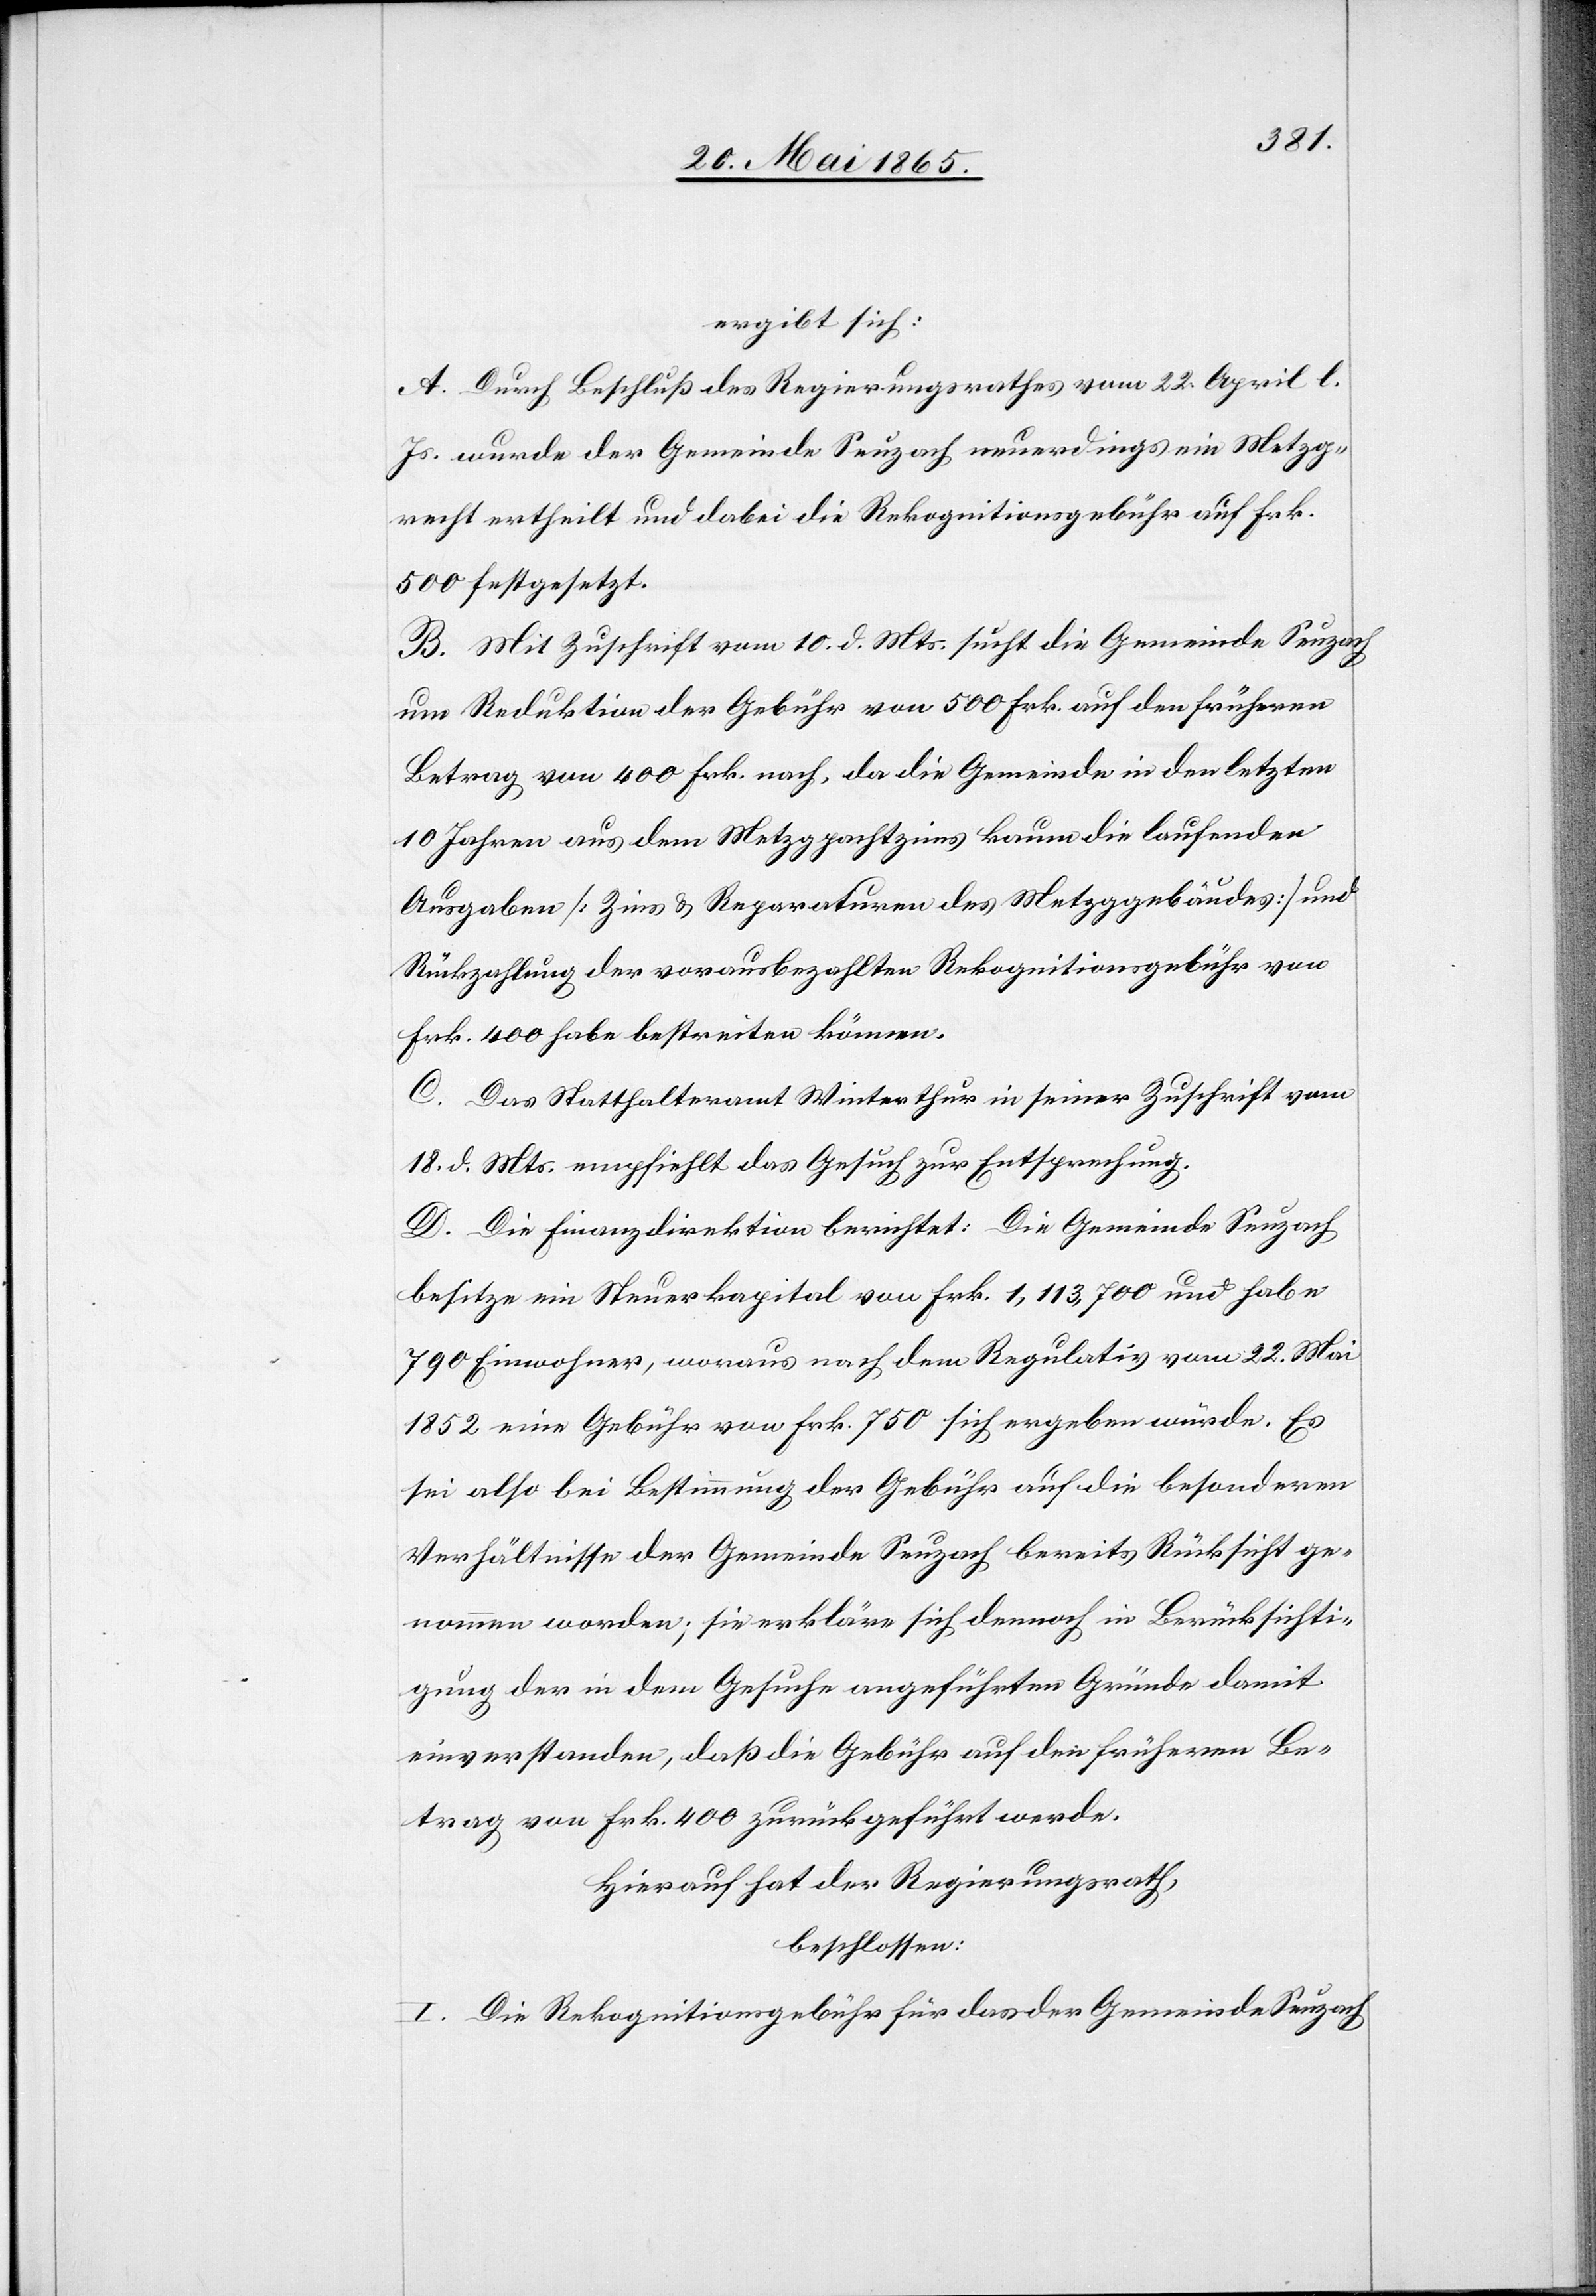
ergibt sich:
A. Durch Beschluß des Regierungsrathes vom 22. April l.
Js. wurde der Gemeinde Seuzach neuerdings ein Metzg¬
recht ertheilt und dabei die Rekognitionsgebühr auf Frk.
500 festgesetzt.
B. Mit Zuschrift vom 10. d. Mts. sucht die Gemeinde Seuzach
um Reduktion der Gebühr von 500 Frk. auf den früheren
Betrag von 400 Frk. nach, da die Gemeinde in den letzten
10 Jahren aus dem Metzgpachtzins kaum die laufenden
Ausgaben [Zins & Reparaturen des Metzggebäudes] und
Rückzahlung der vorausbezahlten Rekognitionsgebühr von
Frk. 400 habe bestreiten können.
C. Das Statthalteramt Winterthur in seiner Zuschrift vom
18. d. Mts. empfiehlt das Gesuch zur Entsprechung.
D. Die Finanzdirektion berichtet: Die Gemeinde Seuzach
besitze ein Steuerkapital von Frk. 1,113,700 und habe
790 Einwohner, woraus nach dem Regulativ vom 22. Mai
1852 eine Gebühr von Frk. 750 sich ergeben würde. Es
sei also bei Bestimmung der Gebühr auf die besonderen
Verhältnisse der Gemeinde Seuzach bereits Rücksicht ge¬
nommen worden; sie erkläre sich dennoch in Berücksichti¬
gung der in dem Gesuche angeführten Gründe damit
einverstanden, daß die Gebühr auf den früheren Be¬
trag von Frk. 400 zurückgeführt werde.
Hierauf hat der Regierungsrath,
beschlossen:
I. Die Rekognitionsgebühr für das der Gemeinde Seuzach